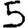
Digit: 5